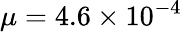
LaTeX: \mu=4.6\times 10^{-4}